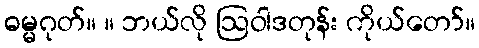
ဓမ္မဂုတ်။ ။ ဘယ်လို ဩဝါဒတုန်း ကိုယ်တော်။